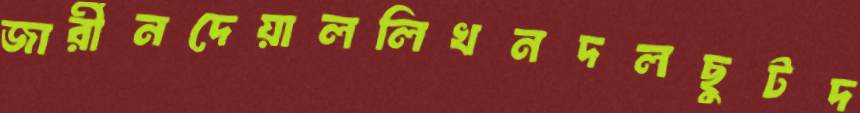
জার্রীনদেয়াললিখনদলছুটদ